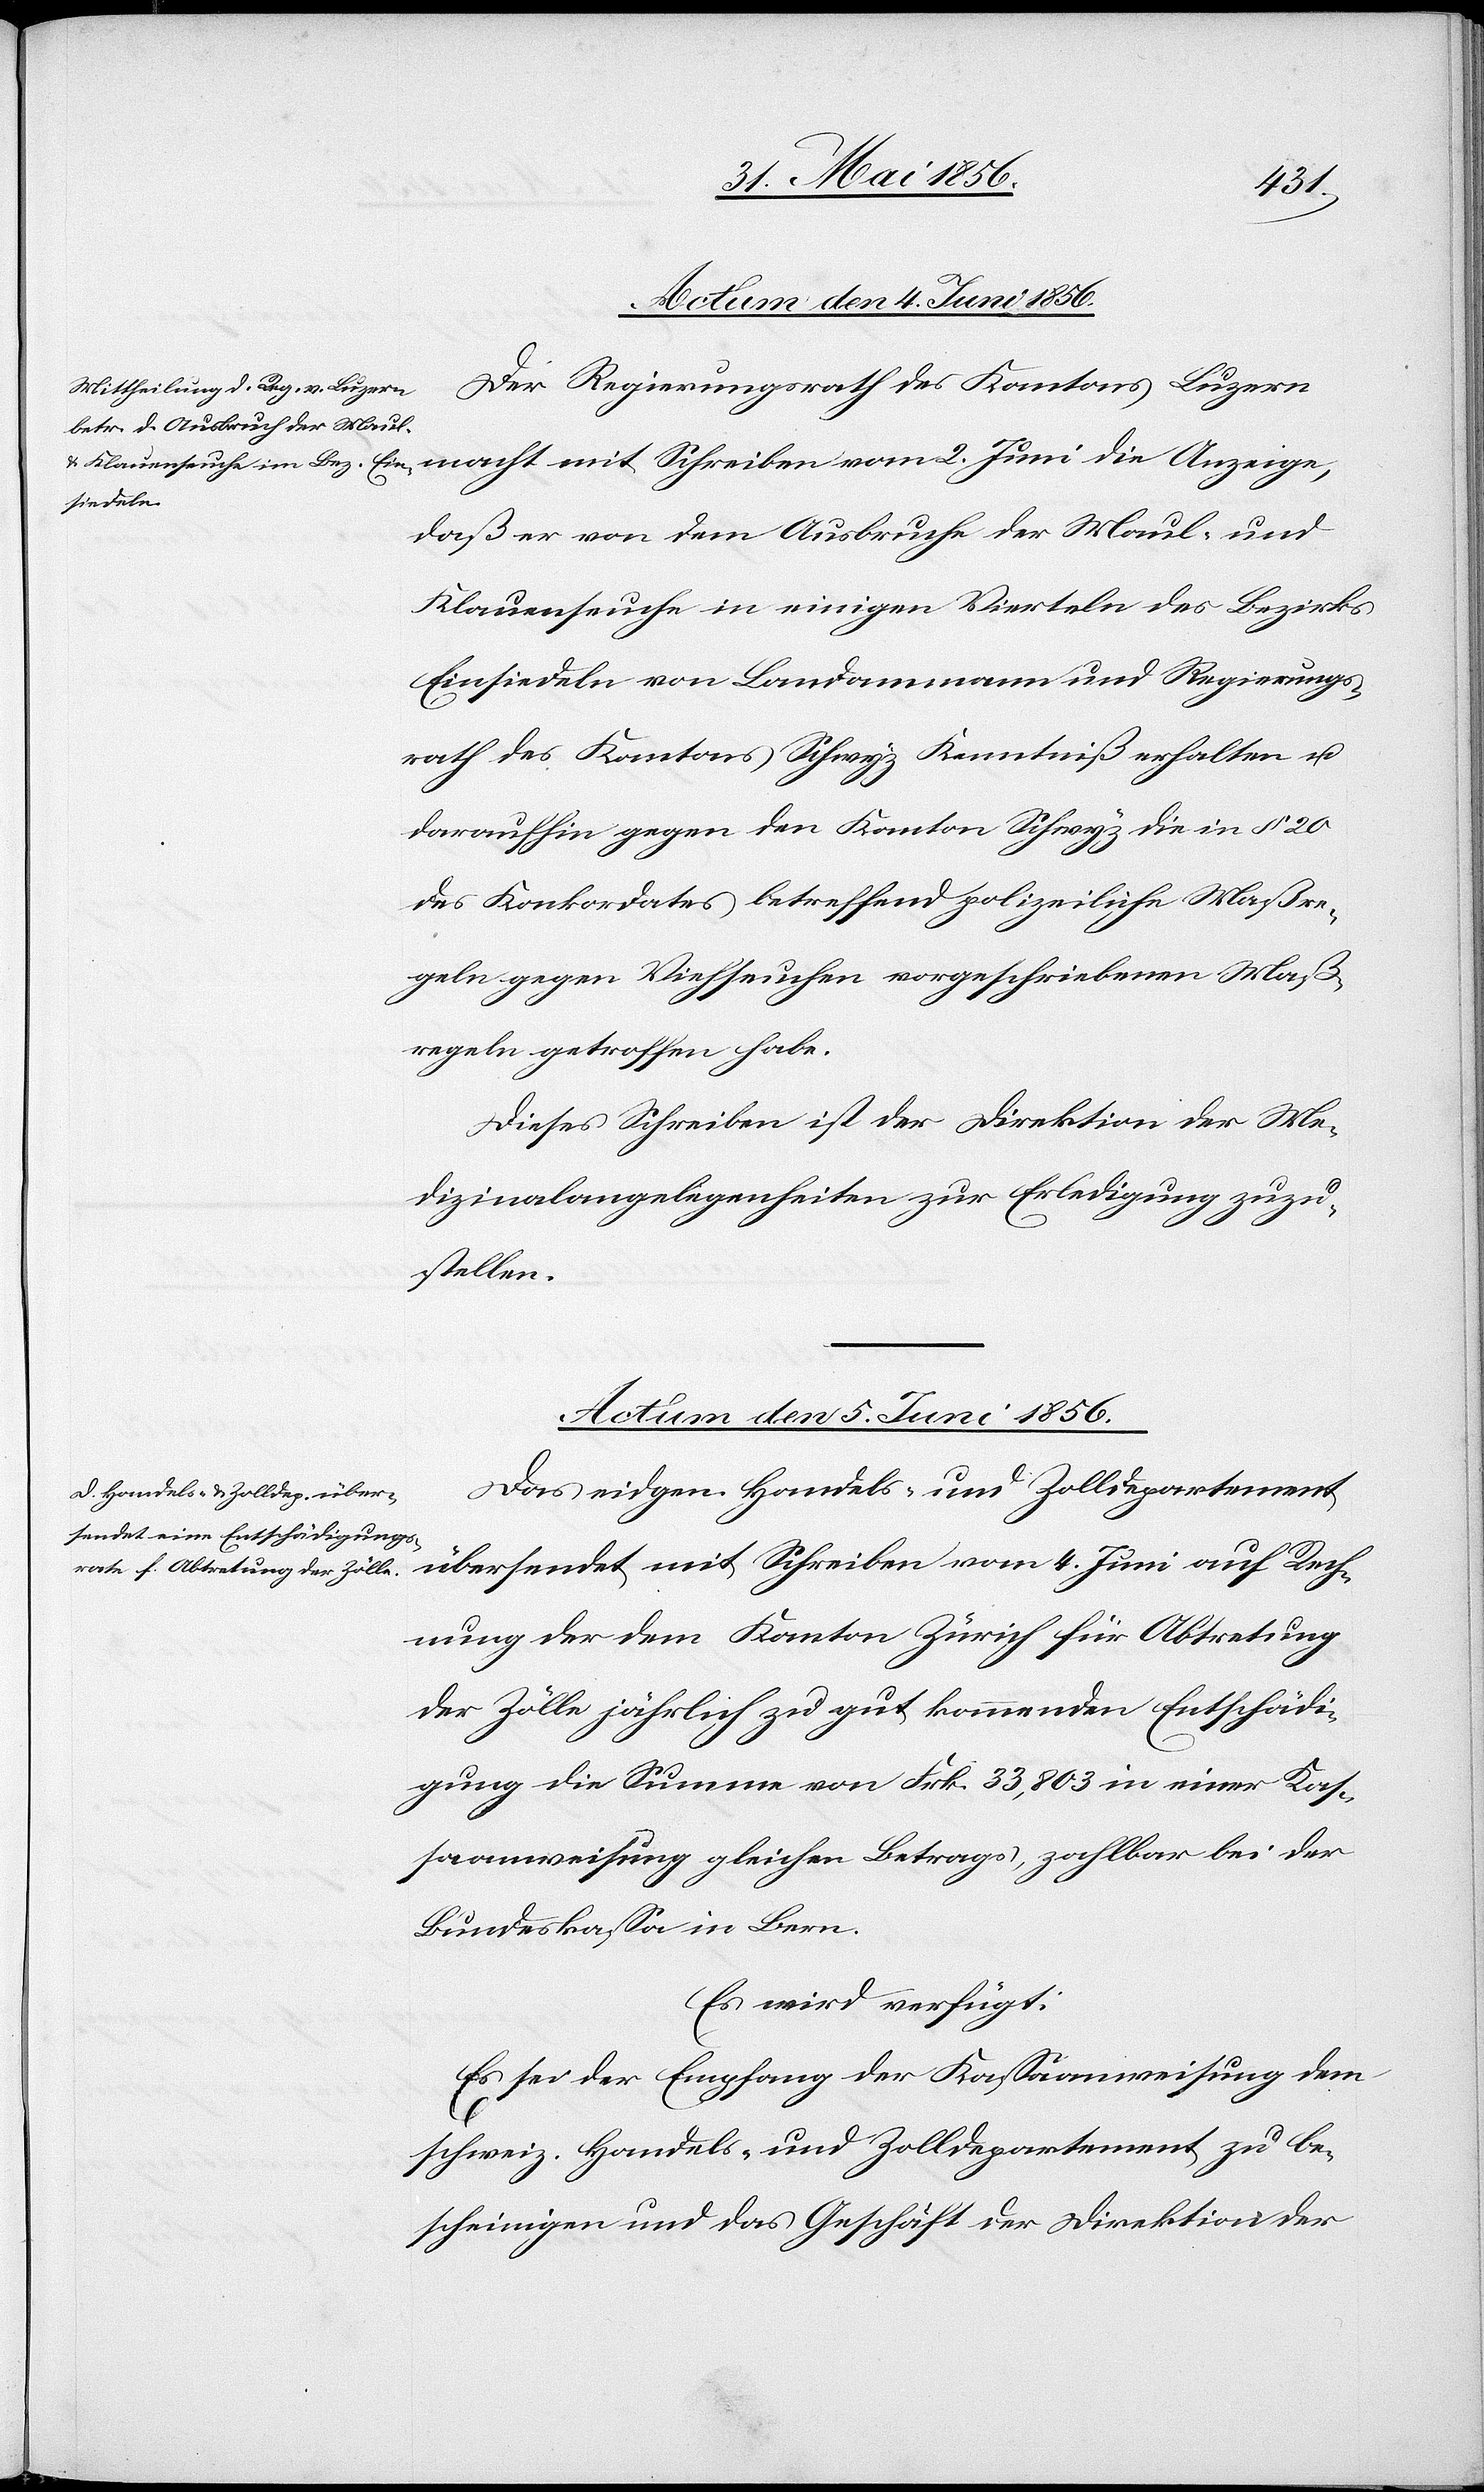
Actum den 4. Juni 1856.
daß er von dem Ausbruche der Maul- und
Klauenseuche in einigen Vierteln des Bezirks
Einsiedeln von Landammann und Regierungs¬
rath des Kantons Schwyz Kenntniß erhalten u.
daraufhin gegen den Kanton Schwyz die in § 20
des Konkordates betreffend polizeiliche Maßre¬
geln gegen Viehseuchen vorgeschriebenen Maß¬
regeln getroffen habe.
Dieses Schreiben ist der Direktion der Me¬
dizinalangelegenheiten zur Erledigung zuzu¬
stellen.
Actum den 5. Juni 1856.
Das eidgen. Handels- und Zolldepartement
übersendet mit Schreiben vom 4. Juni auf Rech¬
nung der dem Kanton Zürich für Abtretung
der Zölle jährlich zu gut kommenden Entschädi¬
gung die Summe von Frk. 33,803 in einer Kas¬
saanweisung gleichen Betrags, zahlbar bei der
Bundeskassa in Bern.
Es wird verfügt:
Es sei der Empfang der Kassaanweisung dem
schweiz. Handels- und Zolldepartement zu be¬
scheinigen und das Geschäft der Direktion der